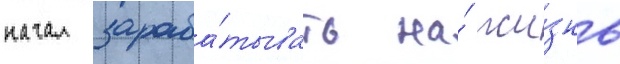
начал зараба́тывать на́ жи́знь